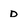
Character: d